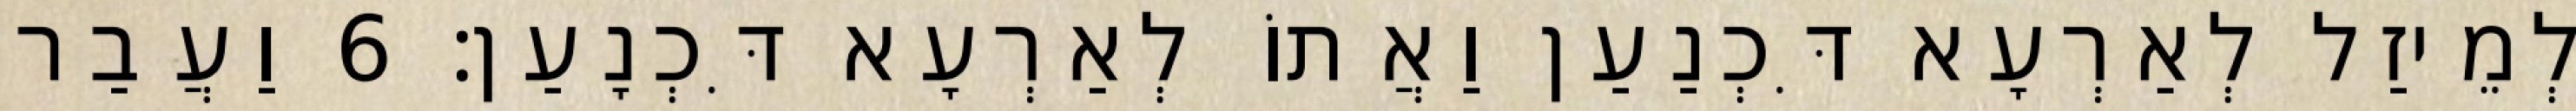
לְמֵיזַל לְאַרְעָא דִּכְנַעַן וַאֲתוֹ לְאַרְעָא דִּכְנָעַן׃ 6 וַעֲבַר